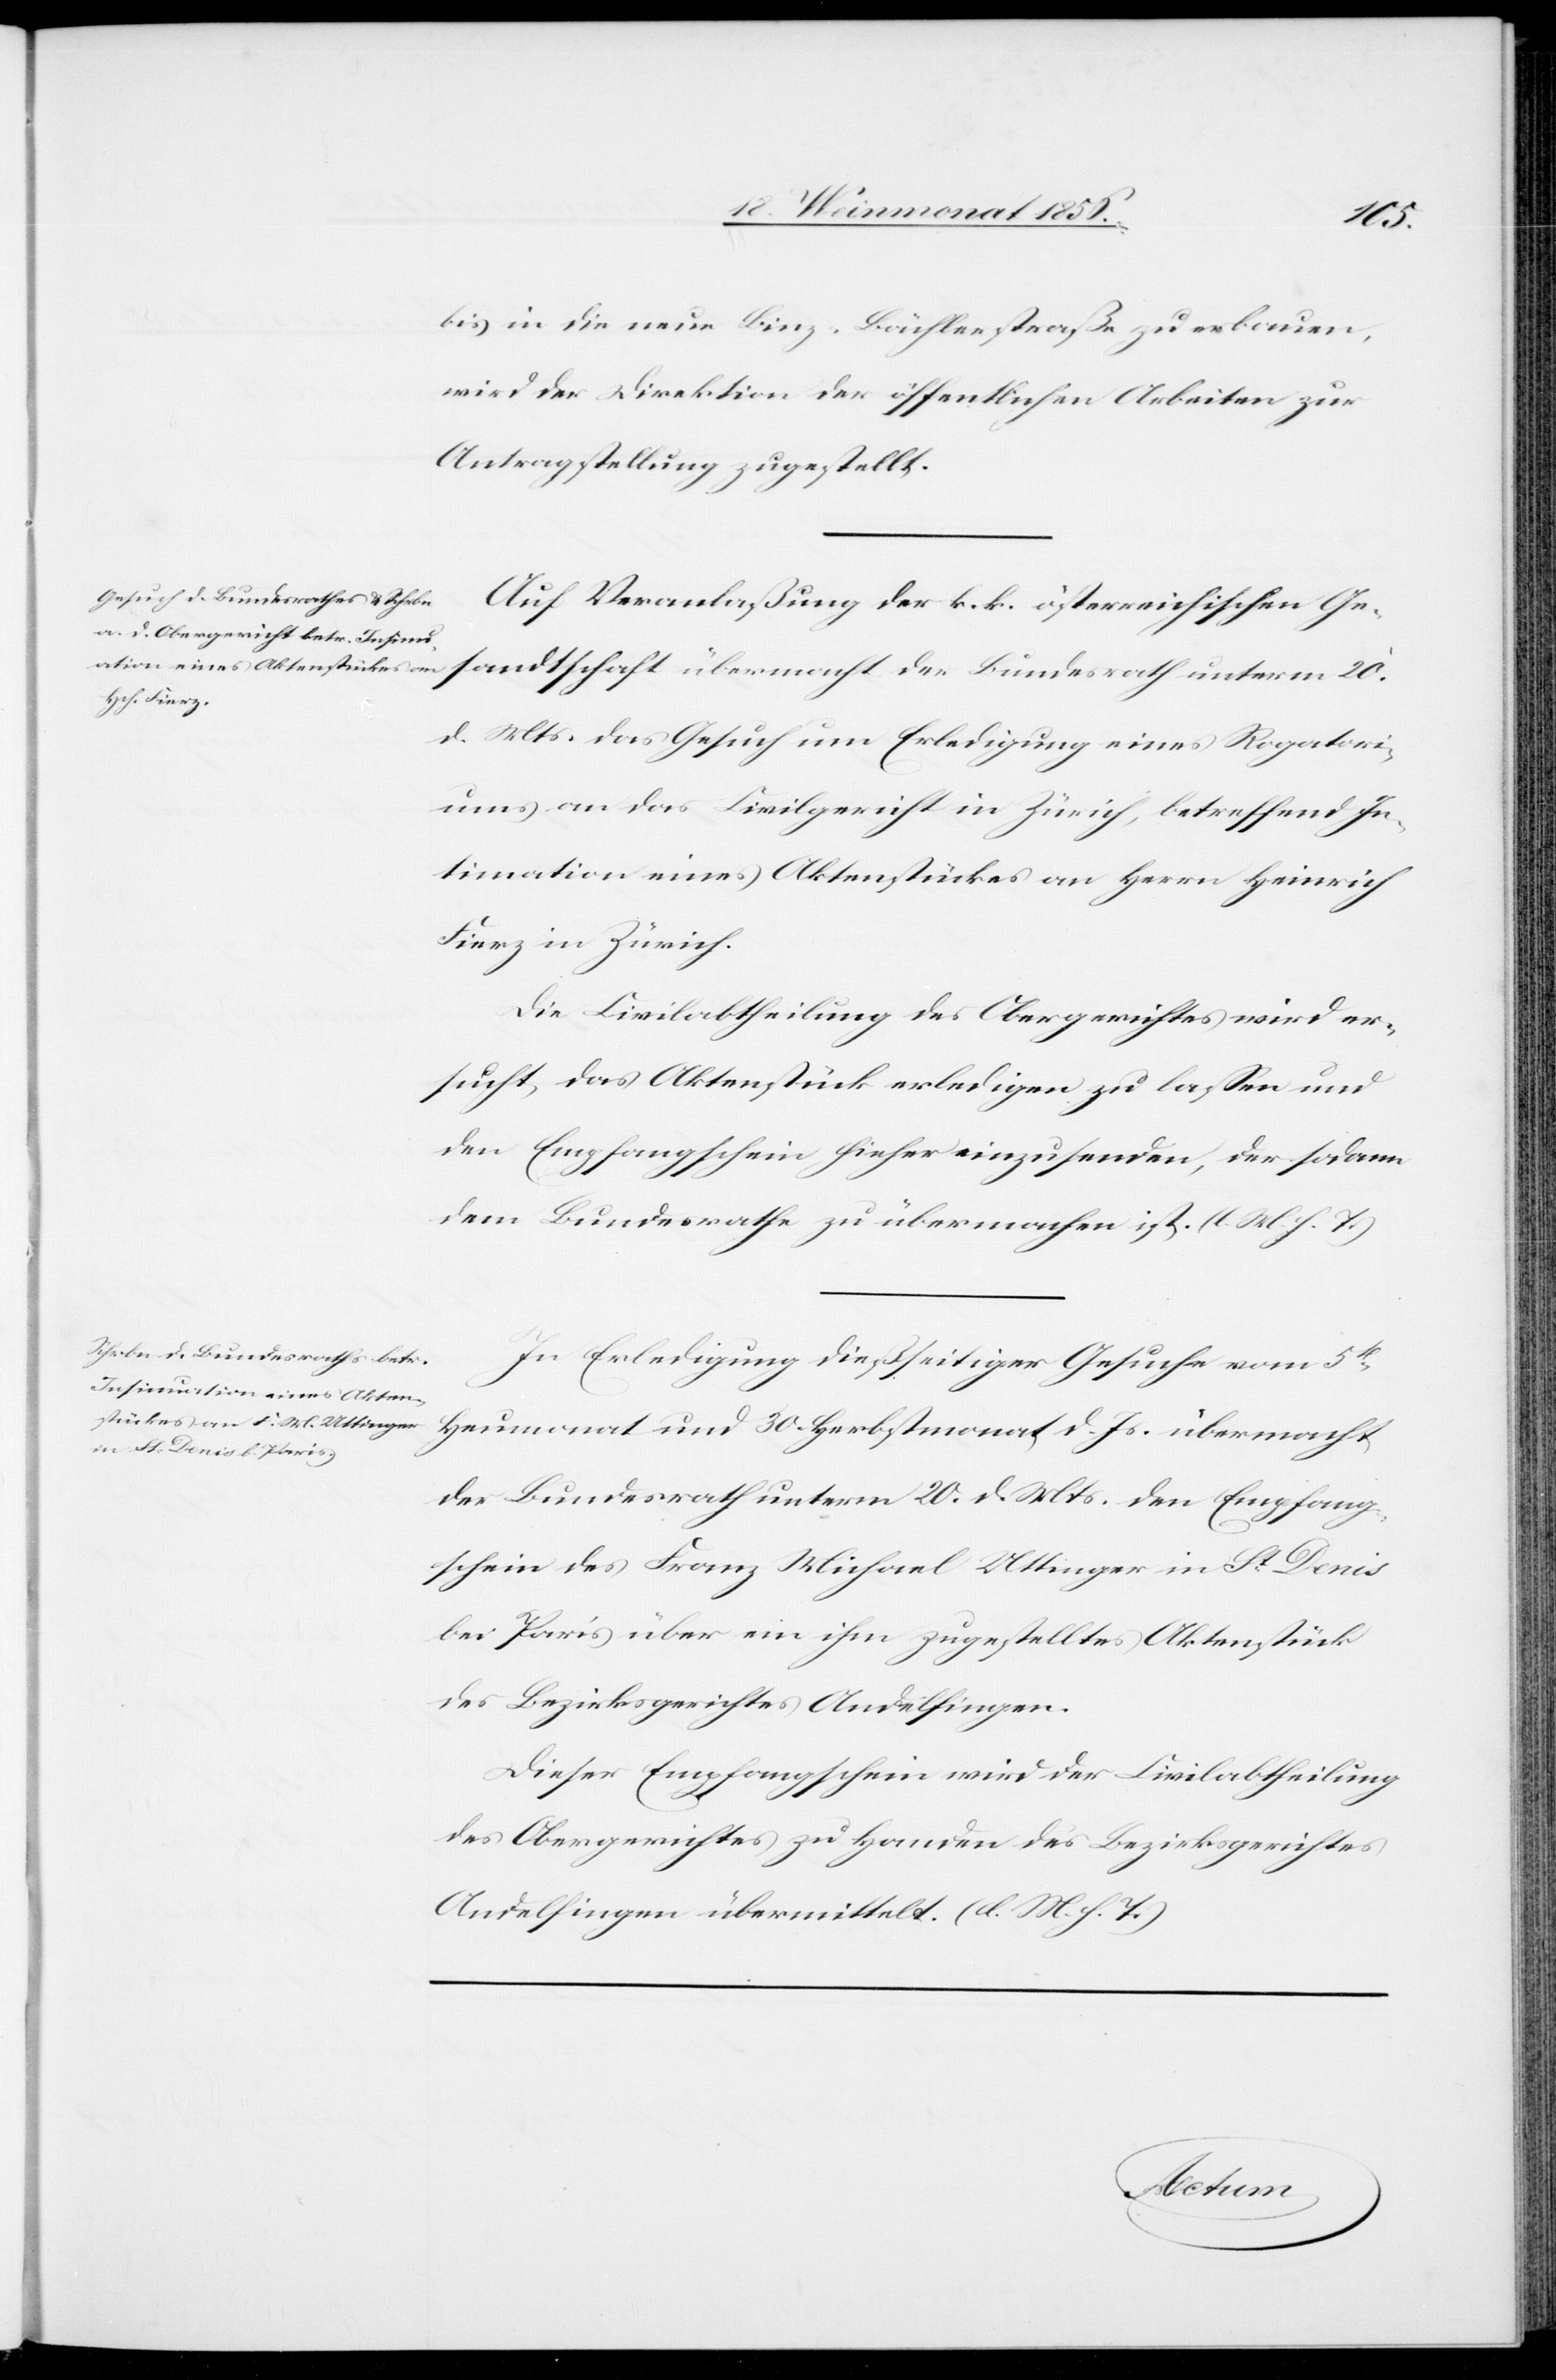
23. Weinmonat 1856.]
Rogator¬
bis in die neue Binz-Bächlerstraße zu erbauen,
wird der Direktion der öffentlichen Arbeiten zur
Antragstellung zugestellt.
Auf Veranlaßung der k. k. österreichischen Ge¬
iums an das Civilgericht in Zürich, betreffend In¬
timation eines Aktenstückes an Herrn Heinrich
Fierz in Zürich.
Die Civilabtheilung des Obergerichtes wird er¬
sucht, das Aktenstück erledigen zu lassen und
den Empfangschein hieher einzusenden, der sodann
dem Bundesrathe zu übermachen ist. (l. M. h. T.)
In Erledigung dießseitiger Gesuche vom 5t
Heumonat und 30. Herbstmonat d. Js. übermacht
der Bundesrath unterm 20. d. Mts. den Empfang¬
schein des Franz Michael Uttinger in St Denis
bei Paris über ein ihm zugestelltes Aktenstück
des Bezirksgerichtes Andelfingen.
Dieser Empfangschein wird der Civilabtheilung
des Obergerichtes zu Handen des Bezirksgerichtes
Andelfingen übermittelt. (l. M. h. T.)
Actum